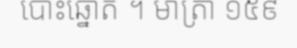
បោះឆ្នោត ។ មាត្រា ១៥៩